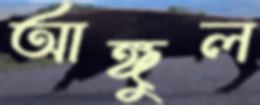
আঙ্গুল